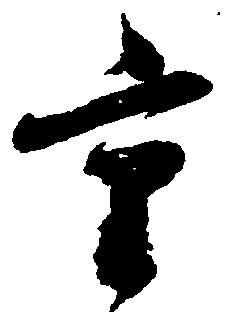
重